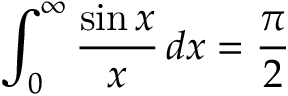
\int _ { 0 } ^ { \infty } { \frac { \sin { x } } { x } } \, d x = { \frac { \pi } { 2 } }